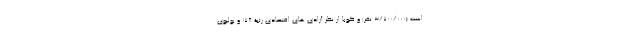
است (3/700/000 نفر) و کوبا از نظر آزادی های اقتصادی رتبۀ 178 و بولیوی